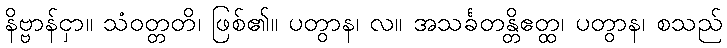
နိဗ္ဗာန်ငှာ။ သံဝတ္တတိ၊ ဖြစ်၏။ ပတွာန၊ လ။ အသင်္ခတန္တိဧတ္ထ၊ ပတွာန၊ စသည်